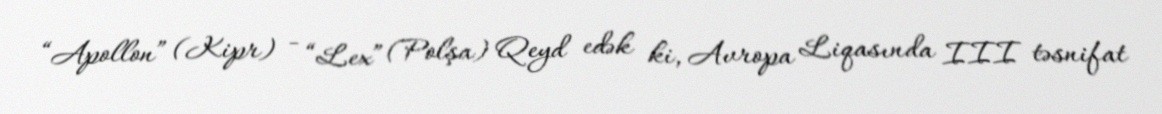
“Apollon” (Kipr) - “Lex” (Polşa) Qeyd edək ki, Avropa Liqasında III təsnifat